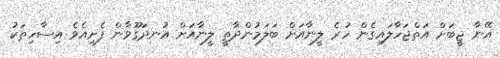
އޭނާ ޖީބަށް އަތްޖަހާލައިގެން ހުރެ ލީނާއަށް ބަލަމުންދާތީ ލީނާއަށް އުނދަގޫވާން ފެށިއެވެ އިސާހިތަކު